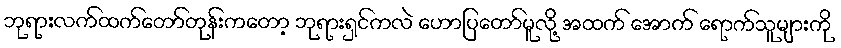
ဘုရားလက်ထက်တော်တုန်းကတော့ ဘုရားရှင်ကလဲ ဟောပြတော်မူလို့ အထက် အောက် ရောက်သူများကို